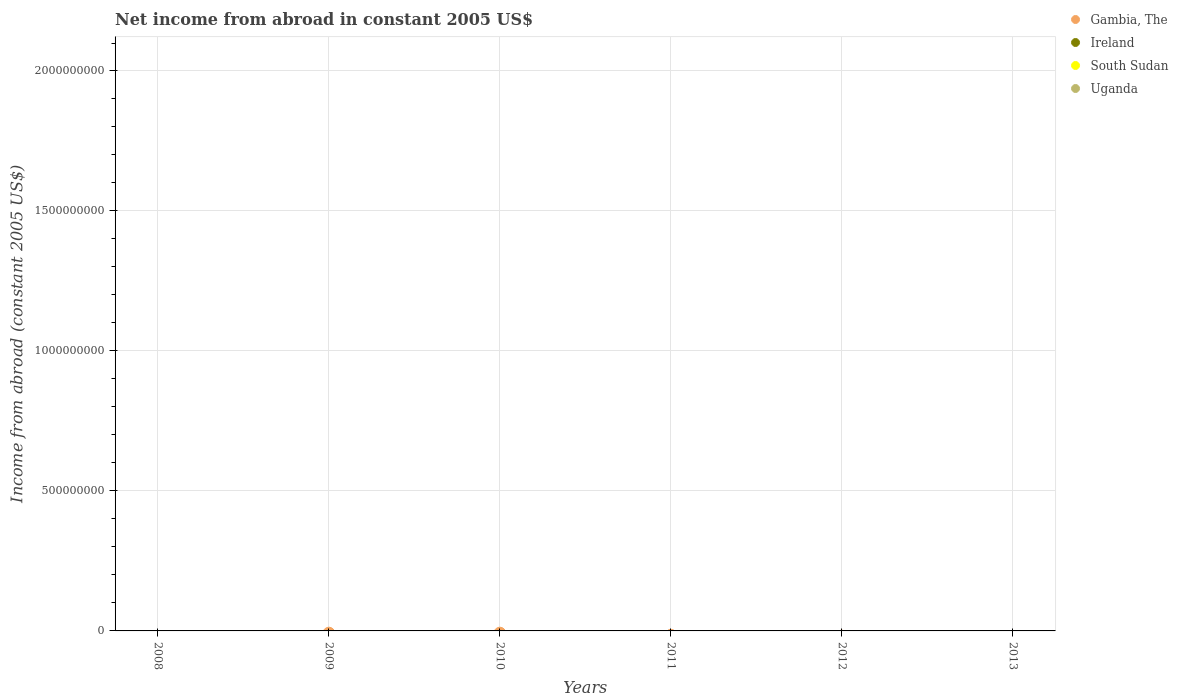
| Years | Gambia, The | Ireland | South Sudan | Uganda |
 | --- | --- | --- | --- | --- |
 | 2008 | -3.44e+07 | -3.56e+10 | -4.59e+09 | -2.58e+08 |
 | 2009 | -8.09e+06 | -3.75e+10 | -3.36e+09 | -3.06e+08 |
 | 2010 | -8.05e+06 | -3.33e+10 | -4.69e+09 | -3.37e+08 |
 | 2011 | -1.57e+07 | -4.26e+10 | -6.36e+09 | -3.32e+08 |
 | 2012 | -1.86e+07 | -3.87e+10 | -4.45e+08 | -4.71e+08 |
 | 2013 | -2.24e+07 | -3.49e+10 | -1.01e+09 | -5.28e+08 |